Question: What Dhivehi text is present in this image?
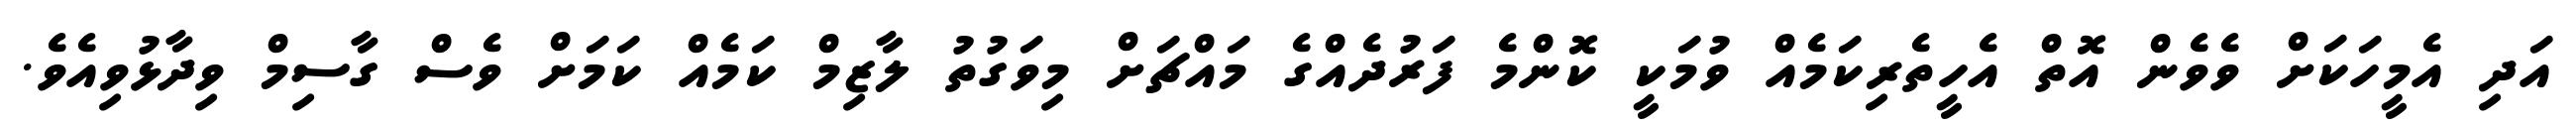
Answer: އަދި އެމީހަކަށް ވެވެން އޮތް އެހީތެރިކަމެއް ވުމަކީ ކޮންމެ ފަރުދެއްގެ މައްޗަށް މިވަގުތު ލާޒިމް ކަމެއް ކަމަށް ވެސް ގާސިމް ވިދާޅުވިއެވެ.